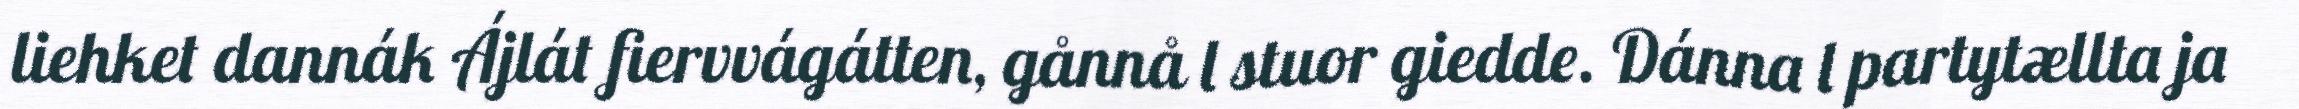
liehket dannák Ájlát fiervvágátten, gånnå l stuor giedde. Dánna l partytællta ja